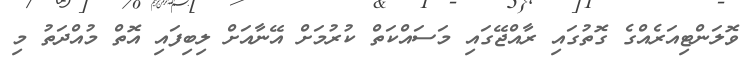
ވޮލަންޓިއަރެއްގެ ގޮތުގައި ރާއްޖޭގައި މަސައްކަތް ކުރުމަށް އޭނާއަށް ލިބިފައި އޮތް މުއްދަތު މި